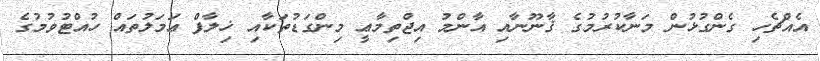
އެއްޗެހި ގެންގުޅުން މަނާކުރުމުގެ ޤާނޫނާއި އާންމު އިޖްތިމާޢީ މިންގަޑުތަކާއި ޚިލާފް ޢަމަލުތައް ހުއްޓުވުމުގެ